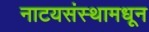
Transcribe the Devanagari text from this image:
नाटयसंस्थामधून